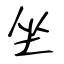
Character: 坐